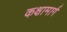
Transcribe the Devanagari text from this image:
कक्षामार्ग